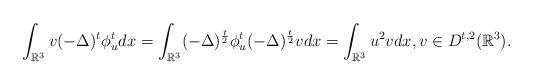
LaTeX: \begin{align*}\int_{\mathbb{R}^{3}}v(-\Delta)^{t}\phi_{u}^{t}dx=\int_{\mathbb{R}^{3}}(-\Delta)^{\frac{t}{2}}\phi_{u}^{t} (-\Delta)^{\frac{t}{2}}vdx=\int_{\mathbb{R}^{3}}u^{2}vdx,v\in D^{t,2}(\mathbb{R}^{3}).\end{align*}